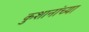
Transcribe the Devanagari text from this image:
कुशानांच्या